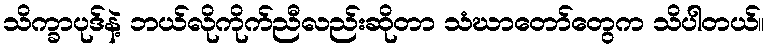
သိက္ခာပုဒ်နဲ့ ဘယ်လိုကိုက်ညီလည်းဆိုတာ သံဃာတော်တွေက သိပါတယ်။